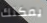
يمكنك